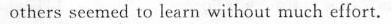
others seemed to learn without much effort.